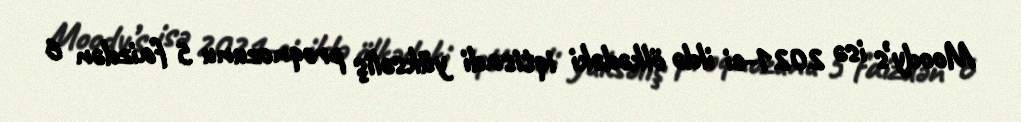
Moody’s isə 2021-ci ildə ölkədəki iqtisadi yüksəliş proqnozunu 5 faizdən 6